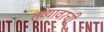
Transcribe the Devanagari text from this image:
तव्यावरची